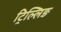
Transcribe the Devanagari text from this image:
ट्रिल्लिङ